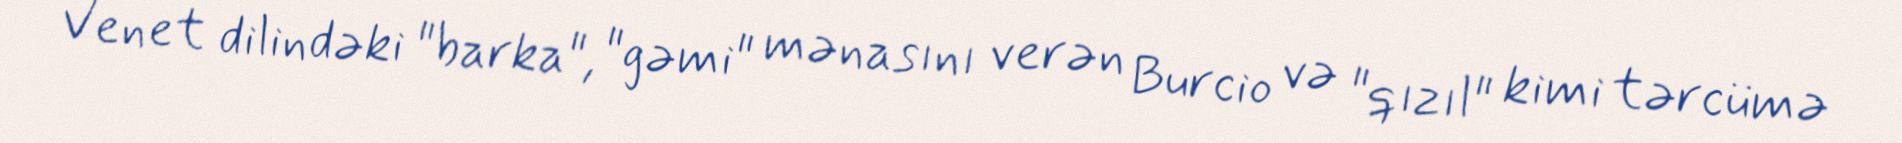
Venet dilindəki "barka", "gəmi" mənasını verən Burcio və "qızıl" kimi tərcümə